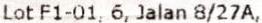
LOT F1-01, 6, JALAN 8/27A,